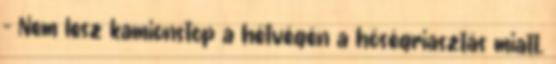
– Nem lesz kamionstop a hétvégén a hőségriasztás miatt.